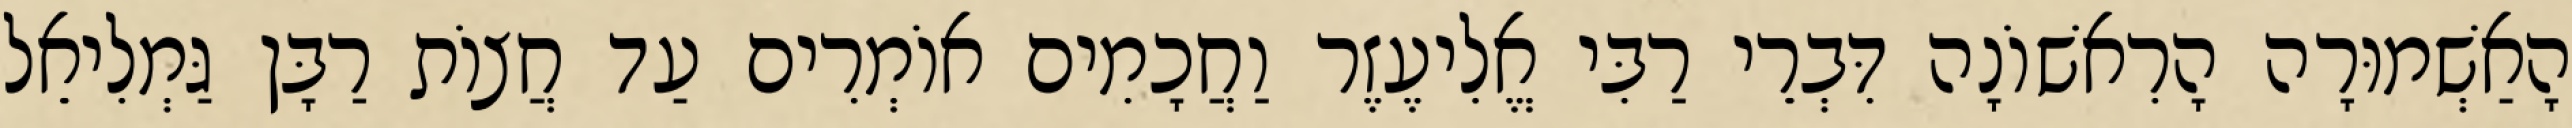
הָאַשְׁמוּרָה הָרִאשׁוֹנָה דִּבְרֵי רַבִּי אֱלִיעֶזֶר וַחֲכָמִים אוֹמְרִים עַד חֲצוֹת רַבָּן גַּמְלִיאֵל